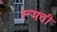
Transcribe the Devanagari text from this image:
रूमची